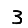
Digit: 3